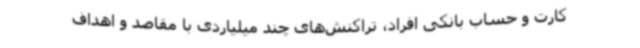
کارت و حساب بانکی افراد، تراکنش‌های چند میلیاردی با مقاصد و اهداف